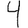
Digit: 4